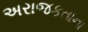
અરાજકતાના